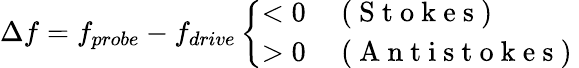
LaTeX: \Delta f=f_{probe}-f_{drive}\left\{ \begin{array}{ll}{<0}&{\mathrm{~(~S~t~o~k~e~s~)~}}\\ {>0}&{\mathrm{~(~A~n~t~i~s~t~o~k~e~s~)~}}\end{array}\right.